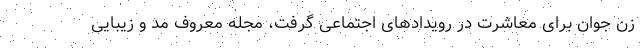
زن جوان برای معاشرت در رویدادهای اجتماعی گرفت، مجله معروف مد و زیبایی